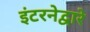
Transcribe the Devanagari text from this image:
इंटरनेद्वारे